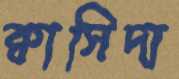
ক্বাসিদা